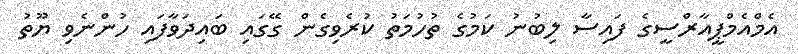
އެމްއެމްޕީއާރްސީގެ ފައިސާ ލިބުނު ކަމުގެ ތުހުމަތު ކުރެވިގެން ގޭގައި ބައިދަވާފައި ހުންނެވި ޔޫތު